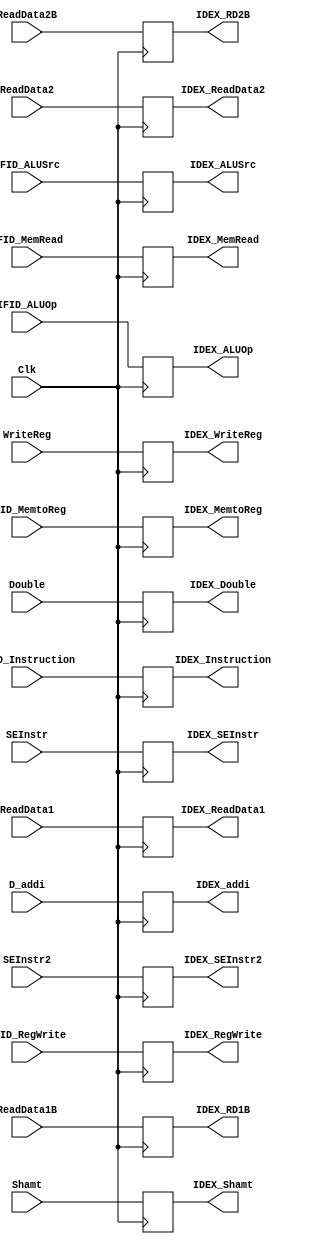
`timescale 1ns / 1ps
//////////////////////////////////////////////////////////////////////////////////
// Company: 
// Engineer: 
// 
// Design Name: 
// Module Name:    Buffer_IDEX 
// Project Name: 
// Target Devices: 
// Tool versions: 
// Description: 
//
// Dependencies: 
//
// Revision: 
// Revision 0.01 - File Created
// Additional Comments: 
//
//////////////////////////////////////////////////////////////////////////////////
module Buffer_IDEX(
		input Clk,
		input [31:0] IFID_Instruction,
		input IFID_MemRead,
		input IFID_MemtoReg,
		input [2:0] IFID_ALUOp,
		input IFID_ALUSrc,
		input IFID_RegWrite,
		input [31:0] ReadData1,
		input [31:0] ReadData2,
		input [31:0] Shamt,
		input [31:0] SEInstr,
		output [31:0] IDEX_Instruction,
		output IDEX_MemRead,
		output IDEX_MemtoReg,
		output [2:0] IDEX_ALUOp,
		output IDEX_ALUSrc,
		output IDEX_RegWrite,
		output [31:0] IDEX_ReadData1,
		output [31:0] IDEX_ReadData2,
		output [31:0] IDEX_Shamt,
		output [31:0] IDEX_SEInstr,
		input [4:0] WriteReg,
		output [4:0] IDEX_WriteReg,
		
		input Double,
		output IDEX_Double,
		input [31:0] ReadData1B,
		input [31:0] ReadData2B,
		output [31:0] IDEX_RD1B,
		output [31:0] IDEX_RD2B,
    	input D_addi,
		output IDEX_addi,
		input [31:0] SEInstr2,
		output [31:0] IDEX_SEInstr2
    );
	 
	 
	 reg [31:0] IDEX_Data[0:4];
	 reg IDEX_Ctrl[0:3];
//	 reg [1:0]IDEX_RDReg;
	 reg [2:0]IDEX_ALU;
	 reg [4:0] WriteRegBuffer;
	 reg DoubleReg;
	 reg [31:0] Reads[0:1];
	 reg D_addiReg;
	 reg [31:0] SEInstr2Reg;
	 
	 
	assign IDEX_Instruction = IDEX_Data[0];
	assign IDEX_ReadData1 = IDEX_Data[1];
	assign IDEX_ReadData2 = IDEX_Data[2];
	assign IDEX_Shamt = IDEX_Data[3];
	assign IDEX_SEInstr = IDEX_Data[4];
	assign IDEX_MemRead = IDEX_Ctrl[0];
	assign IDEX_MemtoReg = IDEX_Ctrl[1];
//	assign IDEX_MemWrite = IDEX_Ctrl[2];
	assign IDEX_ALUSrc = IDEX_Ctrl[2];
	assign IDEX_RegWrite = IDEX_Ctrl[3];
//	assign IDEX_RegDst = IDEX_RDReg;
	assign IDEX_ALUOp = IDEX_ALU;
	assign IDEX_WriteReg = WriteRegBuffer;
	assign IDEX_Double = DoubleReg;
	assign IDEX_RD1B = Reads[0];
	assign IDEX_RD2B = Reads[1];
	assign IDEX_addi = D_addiReg;
	assign IDEX_SEInstr2 = SEInstr2Reg;
	 
	always@(posedge Clk)begin	 

			IDEX_Data[0] <= IFID_Instruction;
			IDEX_Data[1] <= ReadData1;
			IDEX_Data[2] <= ReadData2;
			IDEX_Data[3] <= Shamt;
			IDEX_Data[4] <= SEInstr;
			IDEX_Ctrl[0] <= IFID_MemRead;
			IDEX_Ctrl[1] <= IFID_MemtoReg;
	//		IDEX_Ctrl[2] <= IFID_MemWrite;
			IDEX_Ctrl[2] <= IFID_ALUSrc;
			IDEX_Ctrl[3] <= IFID_RegWrite;
	//		IDEX_RDReg <= IFID_RegDst;
			IDEX_ALU <= IFID_ALUOp;
			WriteRegBuffer <= WriteReg;
			DoubleReg <= Double;
			Reads[0] <= ReadData1B;
			Reads[1] <= ReadData2B;
			D_addiReg <= D_addi;
			SEInstr2Reg <= SEInstr2;
			
	end


endmodule